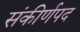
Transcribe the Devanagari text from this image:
संकीर्णपद